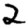
Digit: 2